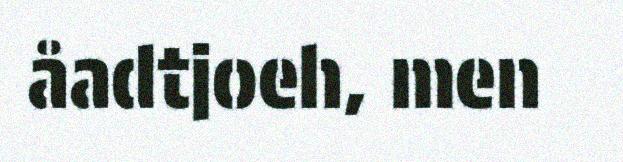
åadtjoeh, men